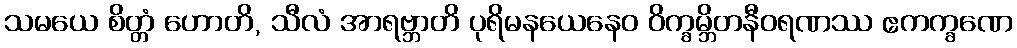
သမယေ စိတ္တံ ဟောတိ, သီလံ အာရဗ္ဘာတိ ပုရိမနယေနေဝ ဝိက္ခမ္ဘိတနီဝရဏဿ ဧကက္ခဏေ